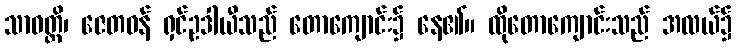
သာဝတ္ထိ၊ ဇေတဝန် ရှင်ဥဒါယီသည် တောကျောင်း၌ နေ၏။ ထိုတောကျောင်းသည် အလယ်၌